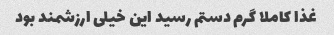
غذا کاملا گرم دستم رسید این خیلی ارزشمند بود